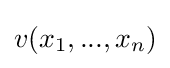
v(x_{1},...,x_{n})